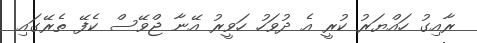
ރާއިގު ހައްޔަރު ކުރީ އެ ދުވަހު ހަވީރު އޭނާ ޖްވޭސް ކެފޭ ތެރޭގައި